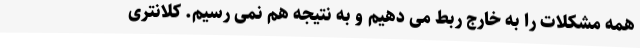
همه مشکلات را به خارج ربط می دهیم و به نتیجه هم نمی رسیم. کلانتری